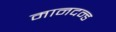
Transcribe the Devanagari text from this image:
मानदन्ड